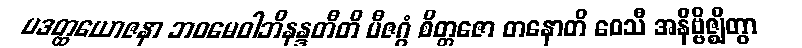
ပဒတ္ထယောဇနာ ဘဝမေဝါဘိနန္ဒတီတိ ဗီဇဂ္ဂံ စိတ္တဇော တနောတိ ဝေသီ အနိဗ္ဗိဇ္ဈိတွာ